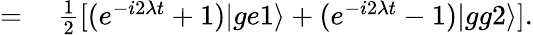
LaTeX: \begin{array}{rl}{=}&{{}~\frac{1}{2}[(e^{-i2\lambda t}+1)|ge1\rangle+(e^{-i2\lambda t}-1)|gg2\rangle].}\end{array}